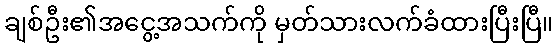
ချစ်ဦး၏အငွေ့အသက်ကို မှတ်သားလက်ခံထားပြီးပြီ။